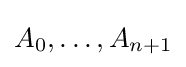
A_{0},\ldots ,A_{n+1}